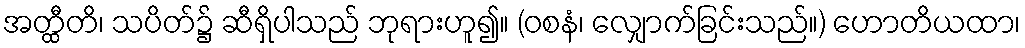
အတ္ထီတိ၊ သပိတ်၌ ဆီရှိပါသည် ဘုရားဟူ၍။ (ဝစနံ၊ လျှောက်ခြင်းသည်။) ဟောတိယထာ၊